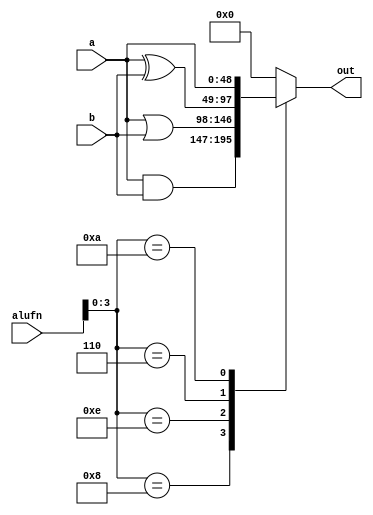
/*
   This file was generated automatically by the Mojo IDE version B1.3.6.
   Do not edit this file directly. Instead edit the original Lucid source.
   This is a temporary file and any changes made to it will be destroyed.
*/

module boolean8_17 (
    input [5:0] alufn,
    input [48:0] a,
    input [48:0] b,
    output reg [48:0] out
  );
  
  
  
  always @* begin
    
    case (alufn[0+3-:4])
      4'h8: begin
        out = a & b;
      end
      4'he: begin
        out = a | b;
      end
      4'h6: begin
        out = a ^ b;
      end
      4'ha: begin
        out = a;
      end
      default: begin
        out = 49'h0000000000000;
      end
    endcase
  end
endmodule